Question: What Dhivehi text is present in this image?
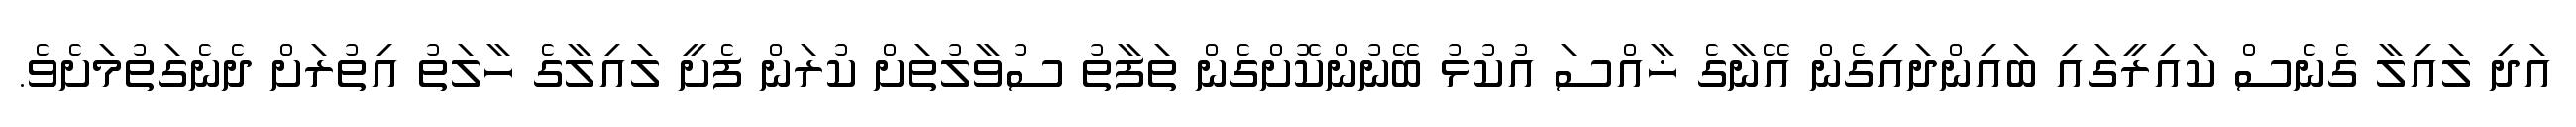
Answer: އަދި ލައިލާ ގެނެސް ކައިރީގައި ބައިންދައިގެން އޭނާގެ ޚާއްސަ އުކުޅު ބޭނުންކޮށްގެން ތަފާތު ސުވާލުތަށް ކުރަން ފެށީ ލައިލާގެ ހާލަތު އިތުރަށް ދެނެގަތުމަށެވެ.